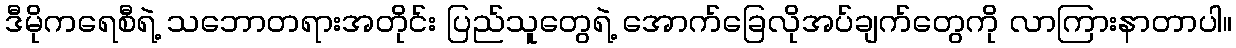
ဒီမိုကရေစီရဲ့ သဘောတရားအတိုင်း ပြည်သူတွေရဲ့ အောက်ခြေလိုအပ်ချက်တွေကို လာကြားနာတာပါ။